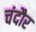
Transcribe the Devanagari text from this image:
चंदौर